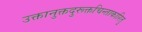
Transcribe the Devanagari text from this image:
उक्तानुक्तदुरूक्तचिन्ताकारितु